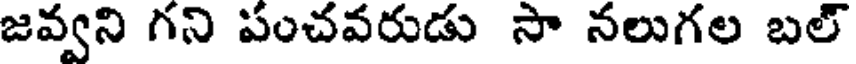
జవ్వని గని పంచవరుడు సా నలుగల బల్